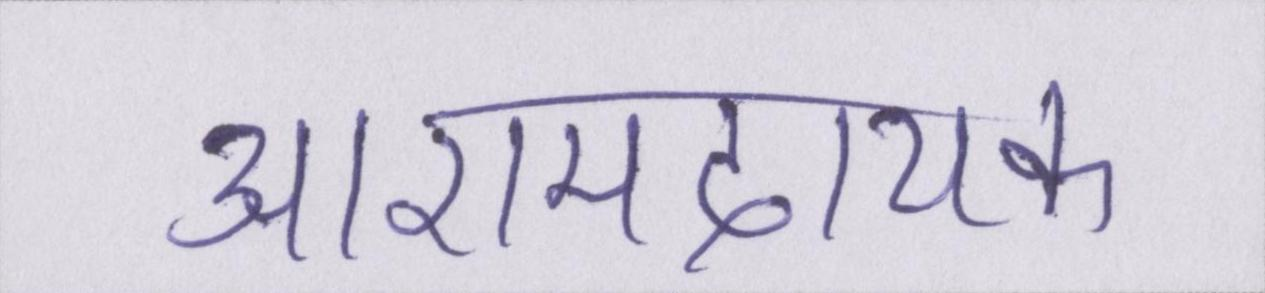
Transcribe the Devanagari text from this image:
आरामदायक